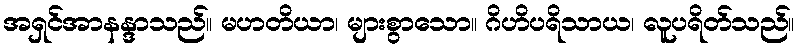
အရှင်အာနန္ဒာသည်။ မဟတိယာ၊ များစွာသော။ ဂိဟိပရိသာယ၊ လူပရိတ်သည်။